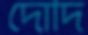
দোদি